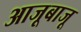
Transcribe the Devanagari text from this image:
आजूबाजू